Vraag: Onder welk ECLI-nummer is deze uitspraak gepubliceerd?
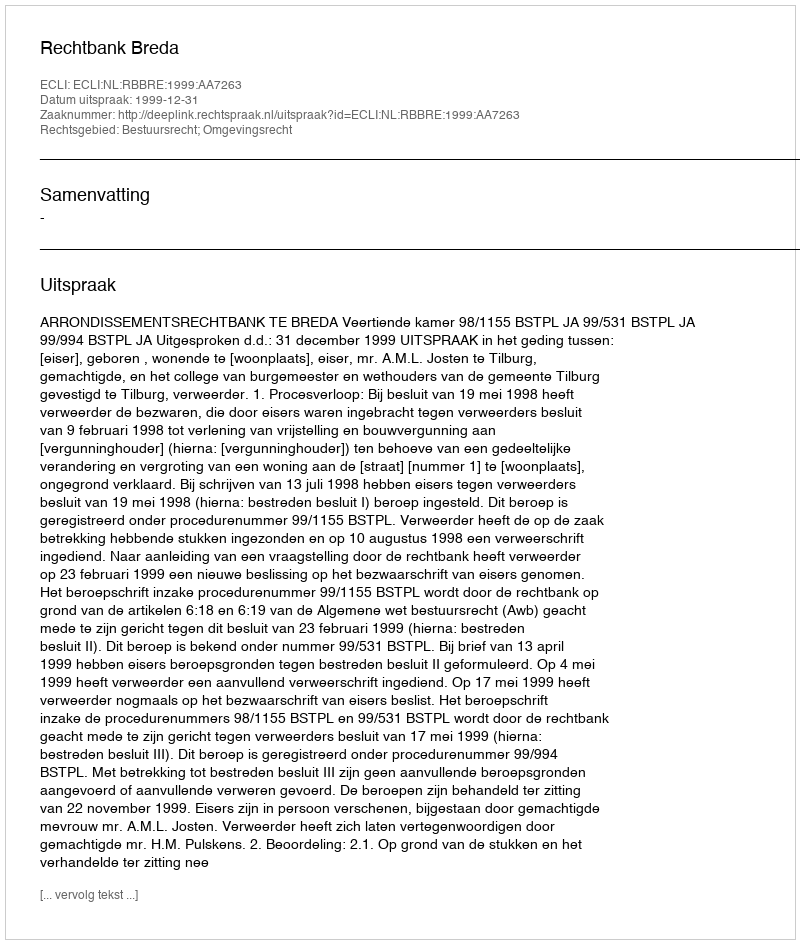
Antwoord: ECLI:NL:RBBRE:1999:AA7263